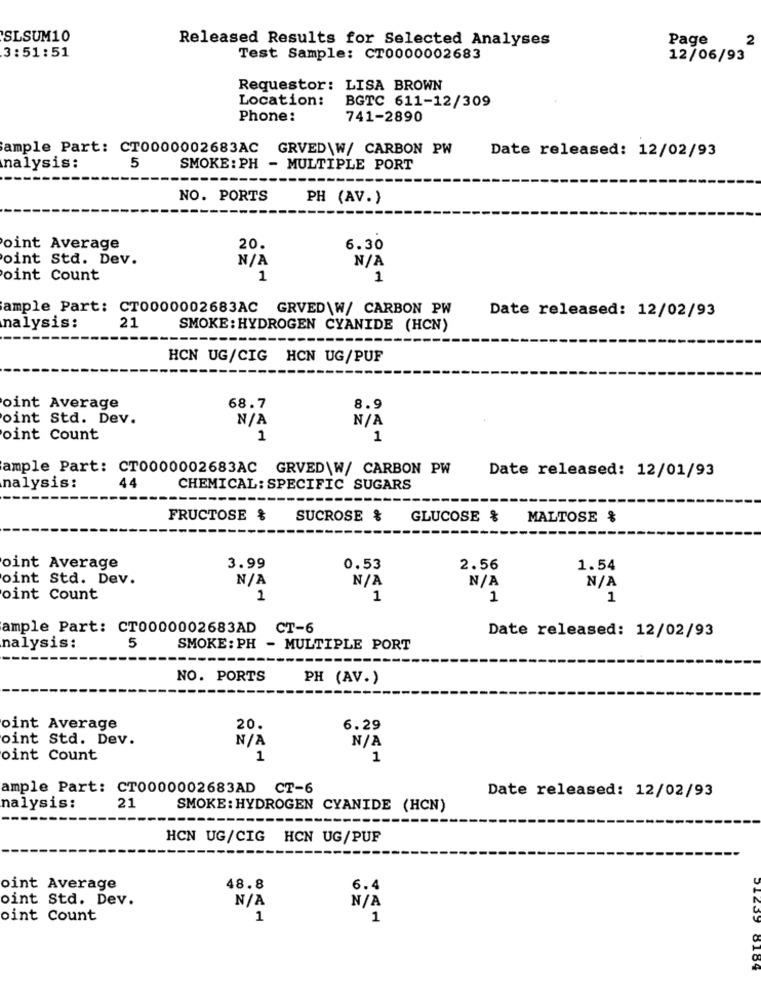
SLSUM10
Released Results for Selected Analyses
Page
2
3:51:51
Test Sample: CT0000002683
12/06/93
Requestor: LISA BROWN
Location:
BGTC 611-12/309
Phone:
741-2890
ample Part: CT0000002683AC GRVED\W/ CARBON PW
Date released: 12/02/93
nalysis:
5
SMOKE: PH - MULTIPLE PORT
NO. PORTS
PH (AV.)
oint Average
20.
6.30
oint Std. Dev.
oint Count
1
1
ample Part: CT0000002683AC GRVED\W/ CARBON PW
Date released: 12/02/93
nalysis:
21
SMOKE: HYDROGEN CYANIDE (HCN)
HCN UG/CIG HCN UG/PUF
oint Average
68.7
8.9
oint Std. Dev.
oint Count
1
1
ample Part: CT0000002683AC GRVED\W/ CARBON PW
Date released: 12/01/93
44
nalysis:
CHEMICAL: SPECIFIC SUGARS
FRUCTOSE %
SUCROSE &
GLUCOSE &
MALTOSE &
oint Average
3.99
0.53
2.56
1.54
oint Std. Dev.
oint Count
1
1
1
1
ample Part: CT0000002683AD CT-6
Date released: 12/02/93
5
nalysis:
SMOKE: PH - MULTIPLE PORT
NO. PORTS
PH (AV.)
oint Average
20.
6.29
oint Std. Dev.
oint Count
1
1
ample Part: CT0000002683AD CT-6
Date released: 12/02/93
nalysis:
21
SMOKE: HYDROGEN CYANIDE (HCN)
HCN UG/CIG HCN UG/PUF
48.8
oint Average
6.4
oint Std. Dev.
oint Count
1
1
8184